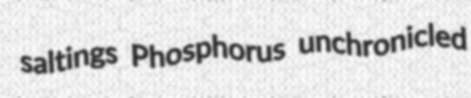
saltings Phosphorus unchronicled